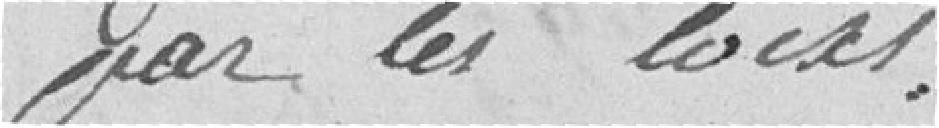
par les lois.